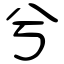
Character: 兮